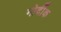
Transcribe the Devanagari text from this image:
मोर्दीक